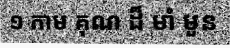
១ កាម គុណ ដ៏ មាំ មួន